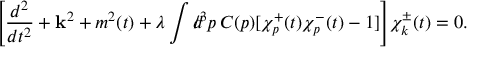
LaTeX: \Biggl [ \frac { d ^ { 2 } } { d t ^ { 2 } } + { \bf k } ^ { 2 } + m ^ { 2 } ( t ) + \lambda \int d \! \! \! / ^ { 3 } p \, C ( p ) [ \chi _ { p } ^ { + } ( t ) \chi _ { p } ^ { - } ( t ) - 1 ] \Biggr ] \chi _ { k } ^ { \pm } ( t ) = 0 .